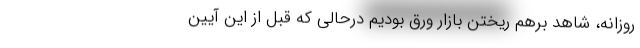
روزانه، شاهد برهم ریختن بازار ورق بودیم درحالی که قبل از این آیین